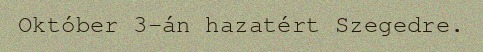
Október 3-án hazatért Szegedre.